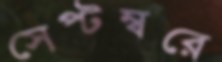
সেপ্টম্বরে